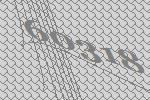
60318